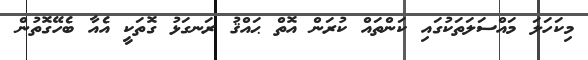
މިކަހަލަ މައްސަލަތަކުގައި ކަންތައް ކުރަން އޮތް ޙައްޤު ރަނގަޅު ގޮތަކީ އެއާ ބެހޭގޮތުން